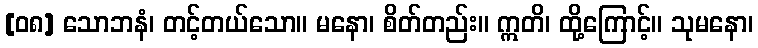
[၀၈] သောဘနံ၊ တင့်တယ်သော။ မနော၊ စိတ်တည်း။ ဣတိ၊ ထို့ကြောင့်။ သုမနော၊